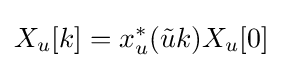
X_{u}[k]=x_{u}^{*}({\tilde {u}}k)X_{u}[0]